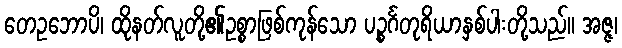
တေဥဘောပိ၊ ထိုနတ်လူတို့၏ဥစ္စာဖြစ်ကုန်သော ပဉ္စင်္ဂတုရိယာနှစ်ပါးတို့သည်။ အဇ္ဇ၊